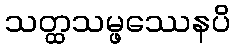
သတ္ထသမ္ဖဿေနပိ